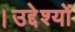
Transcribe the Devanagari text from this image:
।उद्देश्यों